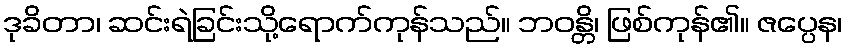
ဒုခိတာ၊ ဆင်းရဲခြင်းသို့ရောက်ကုန်သည်။ ဘဝန္တိ၊ ဖြစ်ကုန်၏။ ဇပ္ပေန၊